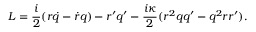
{ \cal L } = \frac { i } { 2 } ( r \dot { q } - \dot { r } q ) - r ^ { \prime } q ^ { \prime } - \frac { i \kappa } { 2 } ( r ^ { 2 } q q ^ { \prime } - q ^ { 2 } r r ^ { \prime } ) .